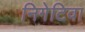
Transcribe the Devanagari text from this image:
निगेटिवा